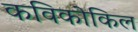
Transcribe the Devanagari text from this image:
कविकोकिल